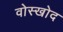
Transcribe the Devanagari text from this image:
वोस्खोद